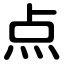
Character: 点